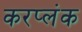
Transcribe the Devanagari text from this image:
करप्लंक